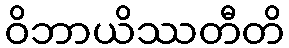
ဝိဘာယိဿတီတိ